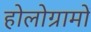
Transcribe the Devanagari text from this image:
होलोग्रामों